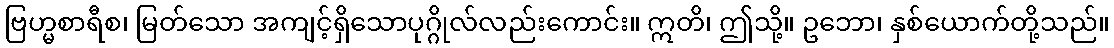
ဗြဟ္မစာရီစ၊ မြတ်သော အကျင့်ရှိသောပုဂ္ဂိုလ်လည်းကောင်း။ ဣတိ၊ ဤသို့။ ဥဘော၊ နှစ်ယောက်တို့သည်။